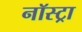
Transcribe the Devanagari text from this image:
नॉस्ट्रा